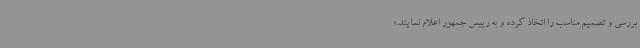
بررسی و تصمیم مناسب را اتخاذ کرده و به رییس‌ جمهور اعلام نمایند.»